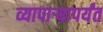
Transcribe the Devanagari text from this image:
व्यापाऱ्यापर्यंत